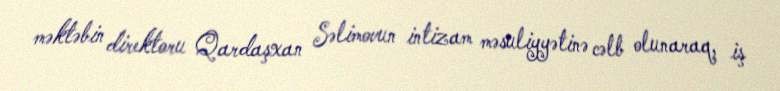
məktəbin direktoru Qardaşxan Səlimovun intizam məsuliyyətinə cəlb olunaraq, iş